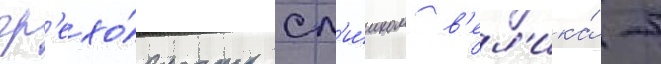
гр'ехо́вность сл'и́шком в'ел'ика́ -